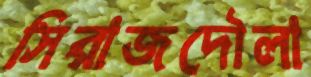
সিরাজদৌলা